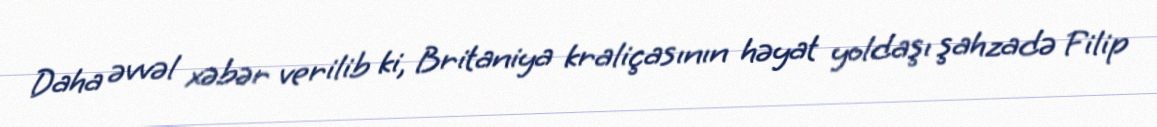
Daha əvvəl xəbər verilib ki, Britaniya kraliçasının həyat yoldaşı şahzadə Filip